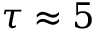
\tau \approx 5